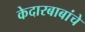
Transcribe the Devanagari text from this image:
केदारबाबांचे